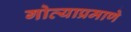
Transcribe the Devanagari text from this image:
गोव्याप्रमाणे